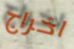
اخراج